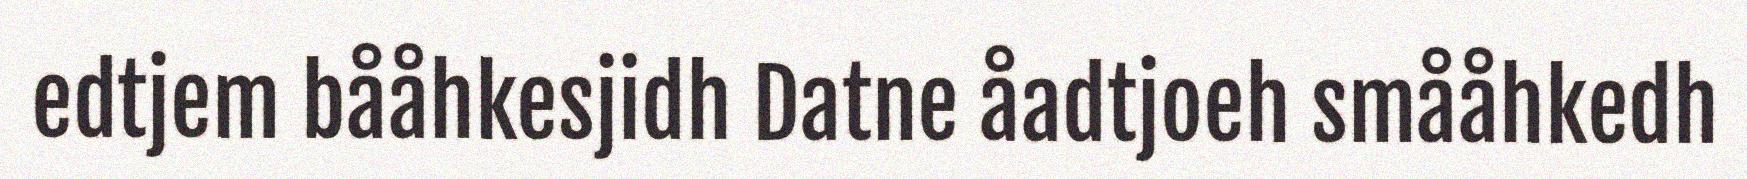
edtjem bååhkesjidh Datne åadtjoeh smååhkedh